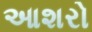
આશરો